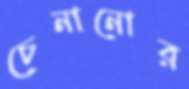
চেনানোর